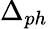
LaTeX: \Delta_{ph}